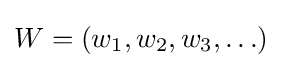
W=(w_{1},w_{2},w_{3},\ldots )